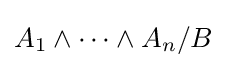
A_{1}\land \dots \land A_{n}/B